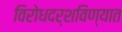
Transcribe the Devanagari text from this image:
विरोधदर्शविण्यात